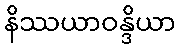
နိဿယာဝန္ဒိယာ